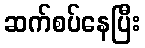
ဆက်စပ်နေပြီး